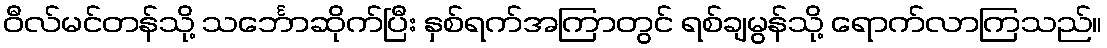
ဝီလ်မင်တန်သို့ သင်္ဘောဆိုက်ပြီး နှစ်ရက်အကြာတွင် ရစ်ချမွန်သို့ ရောက်လာကြသည်။